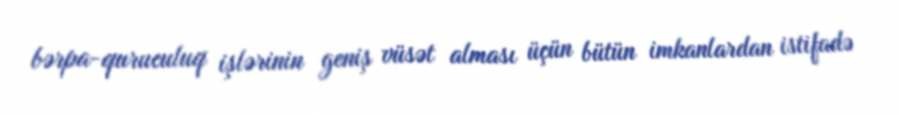
bərpa-quruculuq işlərinin geniş vüsət alması üçün bütün imkanlardan istifadə